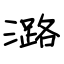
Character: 潞